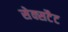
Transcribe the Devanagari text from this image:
सेक्सटैट